Statistical return of the lunatic asylum in Assam - 1912-1932
Year: 1912
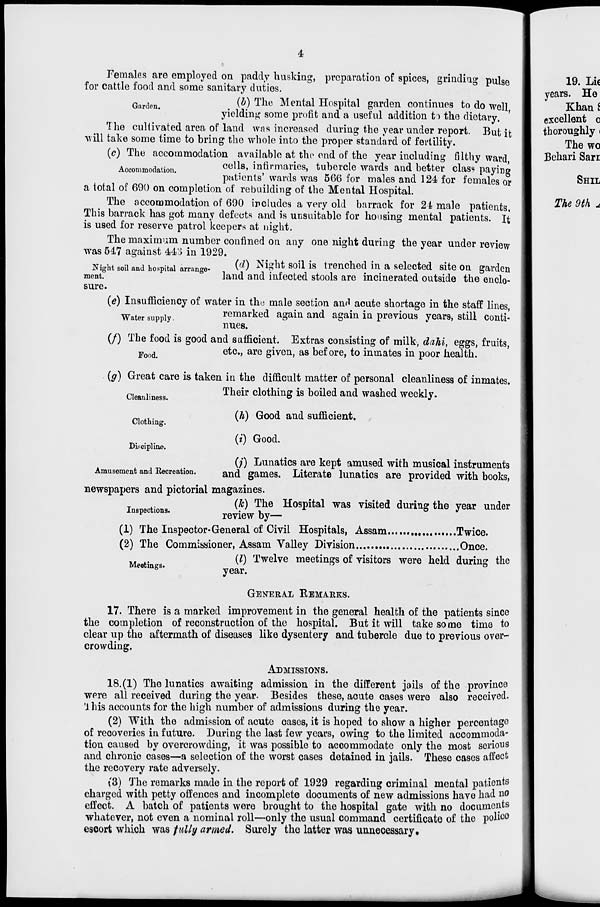
4
Females are employed on paddy husking, preparation of spices, grinding pulse
for cattle food and some sanitary duties.
Garden
(b) The Mental Hospital garden continues to do well
yielding some profit and a useful addition t-> the dietary.
The cultivated area of land was increased during the year under report. But it
will take some time to bring the whole into the proper standard of fertility.
(c) The accommodation available at the end of the year including filthy ward,
Accommodation.
cells, infirmaries, tubercle wards and better clas« paying
patients' wards was 566 for males and 124 for females or
a total of 690 on completion of rebuilding of the Mental Hospital.
The accommodation of 690 includes a very old barrack for 24 male patients.
This barrack has got many defects and is unsuitable for housing mental patients. It
is used for reserve patrol keepers at night.
The maximum number confined on any one night during the year under review
was 547 against 445 in 1929.
(d) Night soil is trenched in a selected site on garden
land and infected stools are incinerated outside the enclo-
Night soil and hospital arrange-
ment.
sure.
(e) Insufficiency of water in tho male section and acute shortage in the staff lines,
Water supply.
remarked again and again in previous years, still conti-
nues.
(/) The food is good and sufficient. Extras consisting of milk, dahi, eggs, fruits,
Food
etc., are given, as before, to inmates in poor health.
(g) Great care is taken in the difficult matter of personal cleanliness of inmates.
Cleanliness.
Clothing.
Discipline.
Amusement and Eecreation.
Their clothing is boiled and washed weekly.
(h) Good and sufficient,
(i) Good.
Meetings.
(;') Lunatics are kept amused with musical instruments
and games. Literate lunatics are provided with books,
newspapers and pictorial magazines.
(k) The Hospital was visited during the year under
Inspections.
^^ by _
(1) The Inspector-General of Civil Hospitals, Assam
Twice.
(2) The Commissioner, Assam Valley Division
Once.
(I) Twelve meetings of visitors were held during the
year.
GENERAL BEMARKS.
17. There is a marked improvement in the general health of the patients since
the completion of reconstruction of the hospital. But it will take some time to
clear up the aftermath of diseases like dysentery and tubercle due to previous over-
crowding.
ADMISSIONS.
18.(1) The lunatics awaiting admission in the different jails of the province
were all received during the year- Besides these, acute oases were also received.
'1 his accounts for the high number of admissions during the year.
(2) "With the admission of acute oases, it is hoped to show a higher percentage
of recoveries in future. During the last few years, owing to the limited accommoda-
tion caused by overcrowding, it was possible to accommodate only the most serious
and chronic cases—a selection of the worst cases detained in jails. These cases affect
the recovery rate adversely.
(8) The remarks made in the report of 1929 regarding criminal mental patients
charged with petty offences and incomplete documents of new admissions have had no
effect. A batch of patients were brought to the hospital gate with no documents
whatever, not even a nominal roll—only the usual command certificate of the police
escort which was fully armed. Surely the latter was unnecessary.